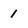
Character: 1